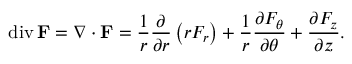
\operatorname { d i v } \mathbf { F } = \nabla \cdot \mathbf { F } = { \frac { 1 } { r } } { \frac { \partial } { \partial r } } \left( r F _ { r } \right) + { \frac { 1 } { r } } { \frac { \partial F _ { \theta } } { \partial \theta } } + { \frac { \partial F _ { z } } { \partial z } } .